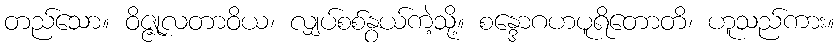
တည်သော။ ဝိဇ္ဇုလတာဝိယ၊ လျှပ်စစ်နွယ်ကဲ့သို့။ စန္ဒောဂဟပူရိတောတိ၊ ဟူသည်ကား။